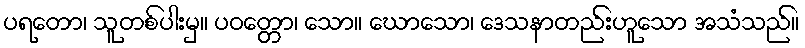
ပရတော၊ သူတစ်ပါးမှ။ ပဝတ္တော၊ သော။ ဃောသော၊ ဒေသနာတည်းဟူသော အသံသည်။